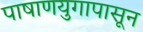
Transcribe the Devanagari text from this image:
पाषाणयुगापासून